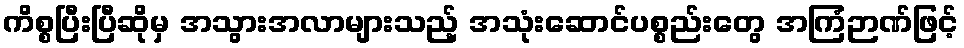
ကိစ္စပြီးပြီဆိုမှ အသွားအလာများသည့် အသုံးဆောင်ပစ္စည်းတွေ အကြံဉာဏ်ဖြင့်